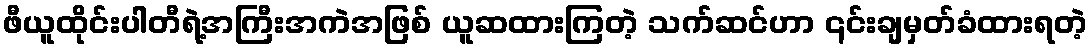
ဖီယူထိုင်းပါတီရဲ့အကြီးအကဲအဖြစ် ယူဆထားကြတဲ့ သက်ဆင်ဟာ ၎င်းချမှတ်ခံထားရတဲ့